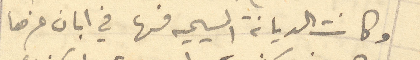
وكانت الديانة المسيحيه فها في ابان عزها